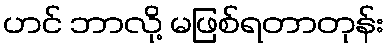
ဟင် ဘာလို့ မဖြစ်ရတာတုန်း